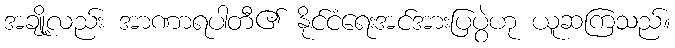
အချို့လည်း အာဏာရပါတီ၏ နိုင်ငံရေးအင်အားပြပွဲဟု ယူဆကြသည်။